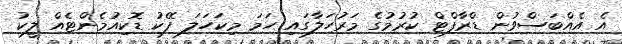
އެ އެއްބަސްވުން ޑްރާފްޓް ކުރުމުގެ މަރުހަލާގައި ހަމަ މިކަހަލަ ފޭކު ޑޮކިއުމެންޓެއް ލީކު